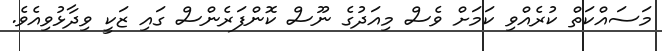
މަސައްކަތް ކުރެއްވި ކަމަށް ވެސް މިއަދުގެ ނޫސް ކޮންފަރެންސް ގައި ޒަކީ ވިދާޅުވިއެވެ.